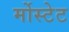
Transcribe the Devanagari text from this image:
र्मोस्टेट